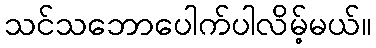
သင်သဘောပေါက်ပါလိမ့်မယ်။